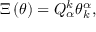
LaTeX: \Xi \left( \theta \right) = Q _ { \alpha } ^ { k } \theta _ { k } ^ { \alpha } ,